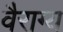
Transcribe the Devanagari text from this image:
वैराग्‍य